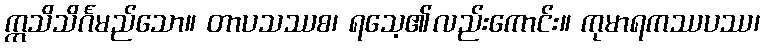
ဣသိသိင်္ဂမည်သော။ တာပသဿစ၊ ရသေ့၏လည်းကောင်း။ ကုမာရကဿပဿ၊